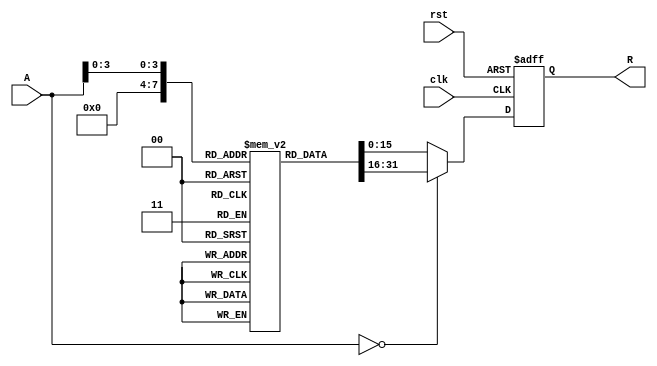
module ApproximateReciprocal (
    input wire [15:0] A,        // Input data (16-bit fixed-point)
    output reg [15:0] R,        // Output data (16-bit approximate reciprocal)
    input wire clk,             // Clock signal
    input wire rst              // Reset signal
);

    // Lookup table for approximate reciprocals (for simplicity, only a few values)
    reg [15:0] lut [0:15]; // LUT for values 0.0 to 1.0 (16 entries)
    
    initial begin
        // Initialize the LUT with approximate reciprocal values
        lut[0] = 16'hFFFF; // Approx. for 0 (division by zero case)
        lut[1] = 16'h8000; // Approx. for 1 (1/1)
        lut[2] = 16'h4000; // Approx. for 0.5 (1/2)
        lut[3] = 16'h2AAA; // Approx. for 0.3333 (1/3)
        lut[4] = 16'h1C71; // Approx. for 0.25 (1/4)
        lut[5] = 16'h199A; // Approx. for 0.2 (1/5)
        lut[6] = 16'h1555; // Approx. for 0.1667 (1/6)
        lut[7] = 16'h1388; // Approx. for 0.1429 (1/7)
        lut[8] = 16'h1249; // Approx. for 0.125 (1/8)
        lut[9] = 16'h1111; // Approx. for 0.1111 (1/9)
        lut[10] = 16'h0F9F; // Approx. for 0.1 (1/10)
        lut[11] = 16'h0E38; // Approx. for 0.0909 (1/11)
        lut[12] = 16'h0D00; // Approx. for 0.0833 (1/12)
        lut[13] = 16'h0B6D; // Approx. for 0.0769 (1/13)
        lut[14] = 16'h0A3D; // Approx. for 0.0714 (1/14)
        lut[15] = 16'h0900; // Approx. for 0.0667 (1/15)
    end

    always @(posedge clk or posedge rst) begin
        if (rst) begin
            R <= 16'h0000; // Reset output
        end else begin
            if (A == 16'h0000) begin
                R <= lut[0]; // Division by zero case
            end else begin
                // Normalize input to range [0, 15] for LUT indexing
                // Assuming A is in the range [0, 1] (scaled by 16)
                R <= lut[A[3:0]]; // Use lower 4 bits for LUT index
            end
        end
    end

endmodule